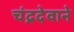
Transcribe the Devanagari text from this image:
चंद्रदेवाने